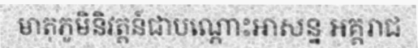
មាតុភូមិនិវត្តន៍ជាបណ្តោះអាសន្ន អគ្គរាជ